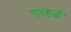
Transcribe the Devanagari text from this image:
गरहर्ड